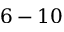
6 - 1 0